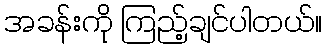
အခန်းကို ကြည့်ချင်ပါတယ်။